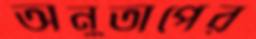
অনুতাপের